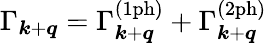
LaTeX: \Gamma_{\boldsymbol{k}+\boldsymbol{q}}=\Gamma_{\boldsymbol{k}+\boldsymbol{q}}^{(\mathrm{1ph})}+\Gamma_{\boldsymbol{k}+\boldsymbol{q}}^{(\mathrm{2ph})}